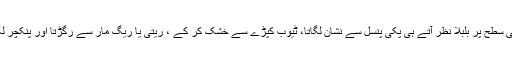
پانی کی سطح پر بلبلا نظر آتے ہی پکی پنسل سے نشان لگاتا، ٹیوب کپڑے سے خشک کر کے ، ریتی یا ریگ مار سے رگڑتا اور پنکچر لگا دیتا۔